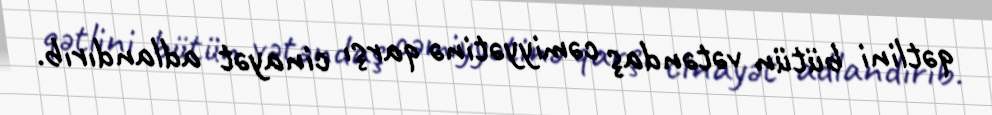
qətlini bütün vətəndaş cəmiyyətinə qarşı cinayət adlandırıb.